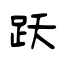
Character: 跃